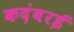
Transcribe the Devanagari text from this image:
कदंबरई